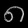
Digit: ၈